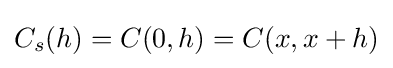
C_{s}(h)=C(0,h)=C(x,x+h)